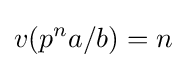
v(p^{n}a/b)=n